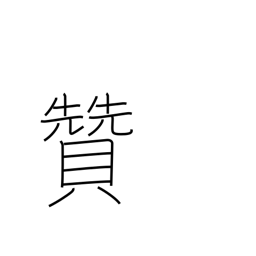
Meaning: support